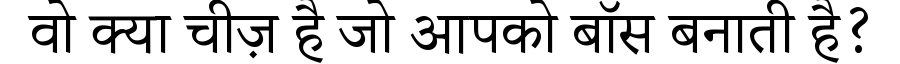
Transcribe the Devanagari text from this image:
वो क्या चीज़ है जो आपको बॉस बनाती है?